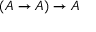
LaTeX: ( A \to A ) \to A